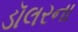
ડૉલરના